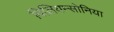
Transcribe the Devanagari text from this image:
विलियम्सोनिया